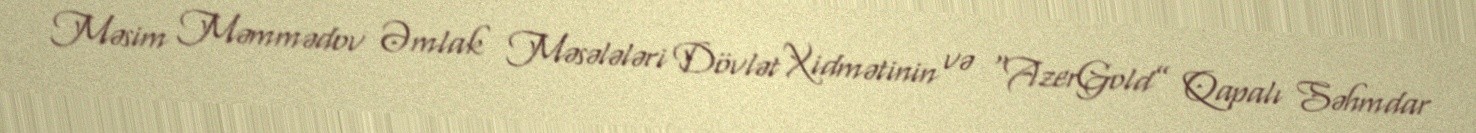
Məsim Məmmədov Əmlak Məsələləri Dövlət Xidmətinin və “AzerGold” Qapalı Səhmdar